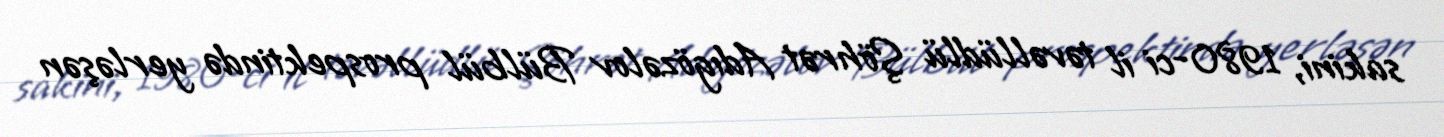
sakini, 1980-ci il təvəllüdlü Şöhrət Adıgözəlov Bülbül prospektində yerləşən